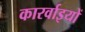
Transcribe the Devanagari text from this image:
कारर्वाइयों